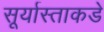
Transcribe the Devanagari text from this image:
सूर्यास्ताकडे